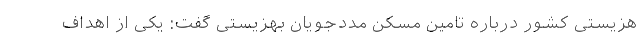
هزیستی کشور درباره تامین مسکن مددجویان بهزیستی گفت: یکی از اهداف